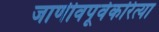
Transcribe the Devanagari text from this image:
जाणीवपूर्वकरित्या